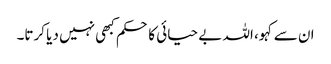
ان سے کہو، اللہ بے حیائی کا حکم کبھی نہیں دیا کرتا۔